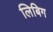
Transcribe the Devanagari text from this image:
लिबिग